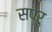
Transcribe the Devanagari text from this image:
सप्रु